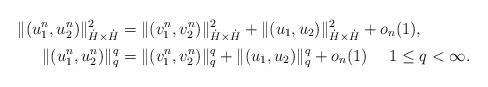
LaTeX: \begin{align*}\|(u_1^n, u_2^n)\|_{\dot H \times \dot H}^2 &=\|(v_1^n, v_2^n)\|_{\dot H \times \dot H}^2+ \|(u_1, u_2)\|_{\dot H \times \dot H}^2+o_n(1),\\\|(u_1^n, u_2^n)\|_{q}^q & = \|(v_1^n, v_2^n)\|_{q}^q + \|(u_1, u_2)\|_{q}^q + o_n(1) \ \ \ \ 1 \leq q < \infty.\end{align*}